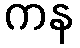
ကန